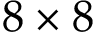
8 \times 8